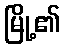
မြို့၏